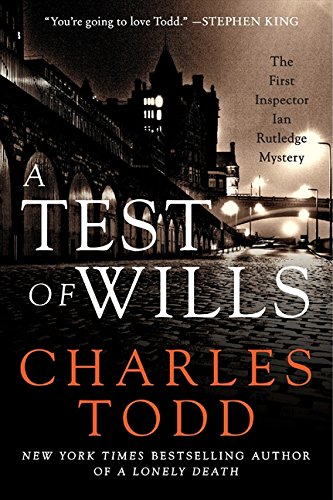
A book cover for A Test of Wills: The First Inspector Ian Rutledge Mystery (Inspector Ian Rutledge Mysteries); Charles Todd; Mystery, Thriller & Suspense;